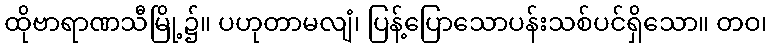
ထိုဗာရာဏသီမြို့၌။ ပဟုတာမလျံ၊ ပြန့်ပြောသောပန်းသစ်ပင်ရှိသော။ တဝ၊